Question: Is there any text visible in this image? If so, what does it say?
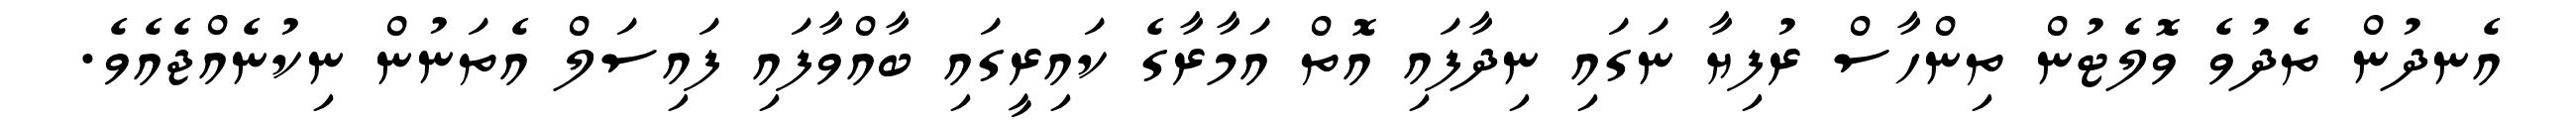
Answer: އެނދުން ތެދުވެ ވޮލެޓުން ތިންހާސް ރުފިޔާ ނަގައި ނިދާފައި އޮތް އަމާރާގެ ކައިރީގައި ބާއްވާފައި ފައިސަލް އެތަނުން ނިކުނެއްޖެއެވެ.